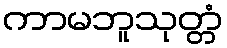
ကာမဘူသုတ္တံ